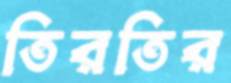
তিরতির